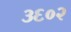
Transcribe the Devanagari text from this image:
३६०२